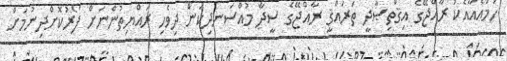
ހަމައެއާއެކު ރާއްޖޭގެ އިޤްތިޞާދީ ތަރައްޤީ ރާއްޖޭގެ ސީދާ މުއްސަނދިކަން ދިވެހި ރައްޔިތުންނަށް ފޯރުކޮށްދިނުމަށް